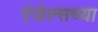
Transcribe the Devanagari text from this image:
एंजेल्सच्या